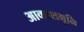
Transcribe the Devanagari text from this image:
आकाशभूमि